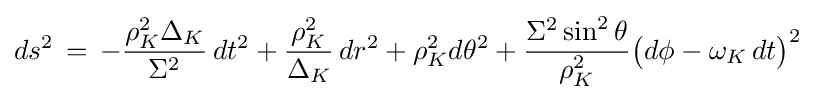
ds^{2}\,=\,-{\frac {\rho _{K}^{2}\Delta _{K}}{\Sigma ^{2}}}\,dt^{2}+{\frac {\rho _{K}^{2}}{\Delta _{K}}}\,dr^{2}+\rho _{K}^{2}d\theta ^{2}+{\frac {\Sigma ^{2}\sin ^{2}\theta }{\rho _{K}^{2}}}{\big (}d\phi -\omega _{K}\,dt{\big )}^{2}